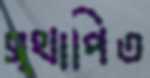
স্থাপিত